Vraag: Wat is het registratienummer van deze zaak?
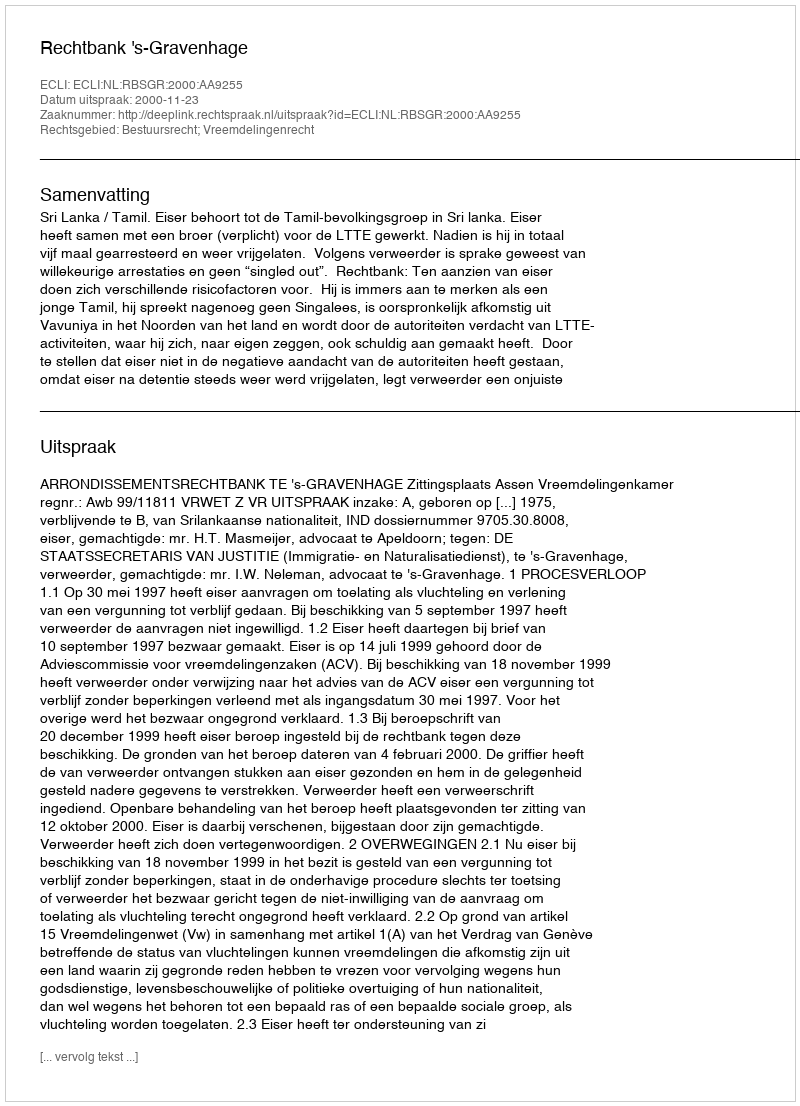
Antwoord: http://deeplink.rechtspraak.nl/uitspraak?id=ECLI:NL:RBSGR:2000:AA9255